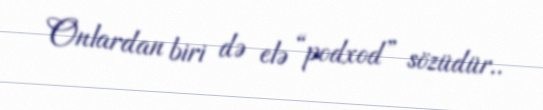
Onlardan biri də elə “podxod” sözüdür..